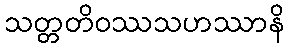
သတ္တတိဝဿသဟဿာနိ